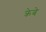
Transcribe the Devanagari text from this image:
क्रेबे